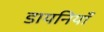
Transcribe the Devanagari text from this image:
डायनियाँ